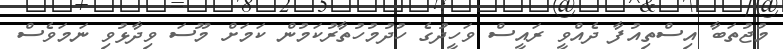
މުޖުތަބާ އިސްތިއުފާ ދެއްވީ ރައީސް ވަހީދުގެ ހުދުމުހުތާރުކަމުން ކަމަށް މޫސަ ވިދާޅުވި ނަމަވެސް